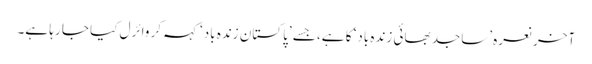
آخر نعرہ ’ساجد بھائی زندہ باد‘ کا ہے، جسے ’پاکستان زندہ باد‘ کہہ کر وائرل کیا جا رہا ہے۔